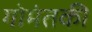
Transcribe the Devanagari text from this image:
गोमंतकी